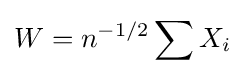
W=n^{-1/2}\sum X_{i}